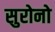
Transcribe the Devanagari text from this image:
सुरोनो